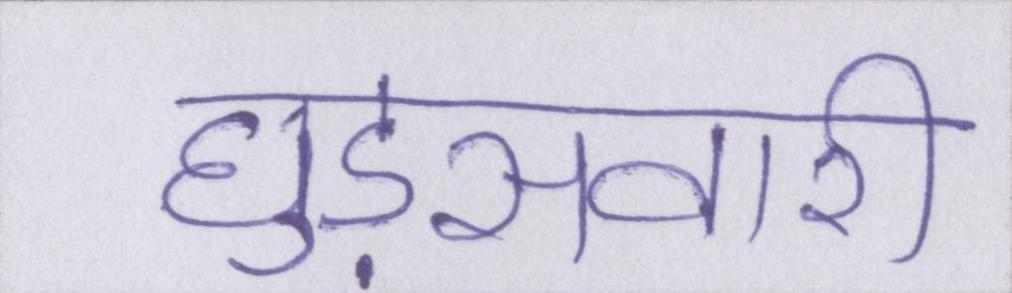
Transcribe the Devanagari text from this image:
घुड़सवारी